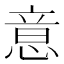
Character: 意